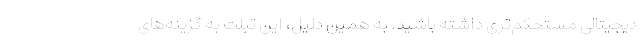
دیجیتالی مستحکم‌تری داشته باشید. به همین دلیل، این تبلت به گزینه‌های